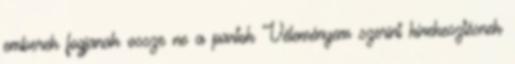
emberek fogjanak ossze ne a partok Véleményem szerint kirekesztésnek